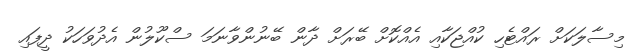
މިސާލަކަށް ރައްޓެހި ކުއްޖަކާއި އެއްކޮށް ބޭރަށް ދާން ބޭނުންވާނަމަ ސްކޫލުން އެދުވަހަކު ދީފައި